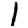
Digit: 1